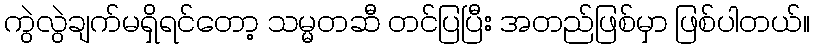
ကွဲလွဲချက်မရှိရင်တော့ သမ္မတဆီ တင်ပြပြီး အတည်ဖြစ်မှာ ဖြစ်ပါတယ်။